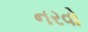
નરવો